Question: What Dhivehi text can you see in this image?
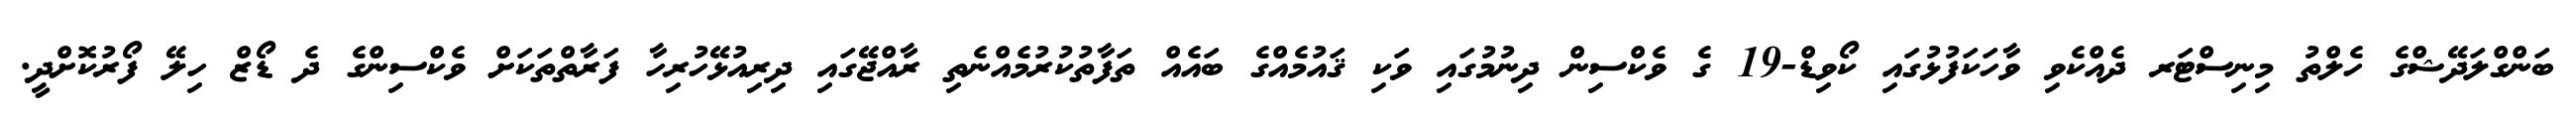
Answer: ބަންގްލަދޭޝްގެ ހެލްތު މިނިސްޓަރ ދެއްކެވި ވާހަކަފުޅުގައި ކޯވިޑް-19 ގެ ވެކްސިން ދިނުމުގައި ވަކި ޤައުމެއްގެ ބައެއް ތަފާތުކުރުމެއްނެތި ރާއްޖޭގައި ދިރިއުޅޭހުރިހާ ފަރާތްތަކަށް ވެކްސިންގެ ދެ ޑޯޒް ހިލޭ ފޯރުކޮށްދީ.